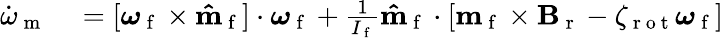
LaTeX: \begin{array}{rl}{\dot{\omega}_{\mathrm{~m~}}}&{{}=[\boldsymbol{\omega}_{\mathrm{~f~}}\times\mathbf{\hat{m}}_{\mathrm{~f~}}]\cdot\boldsymbol{\omega}_{\mathrm{~f~}}+\frac{1}{I_{\mathrm{~f~}}}\mathbf{\hat{m}}_{\mathrm{~f~}}\cdot[\mathbf{m}_{\mathrm{~f~}}\times\mathbf{B}_{\mathrm{~r~}}-\zeta_{\mathrm{~r~o~t~}}\boldsymbol{\omega}_{\mathrm{~f~}}]}\end{array}